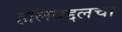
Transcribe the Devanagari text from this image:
हॉलबद्दलचा